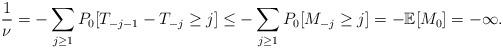
LaTeX: \begin{align*} \frac{1}{\nu}=-\sum_{j\geq1}P_0[T_{-j-1}-T_{-j}\geq j]\leq -\sum_{j\geq1}P_0[M_{-j}\geq j]=-\mathbb{E}[M_0]=-\infty. \end{align*}